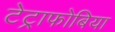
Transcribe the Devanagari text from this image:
टेट्राफोबिया